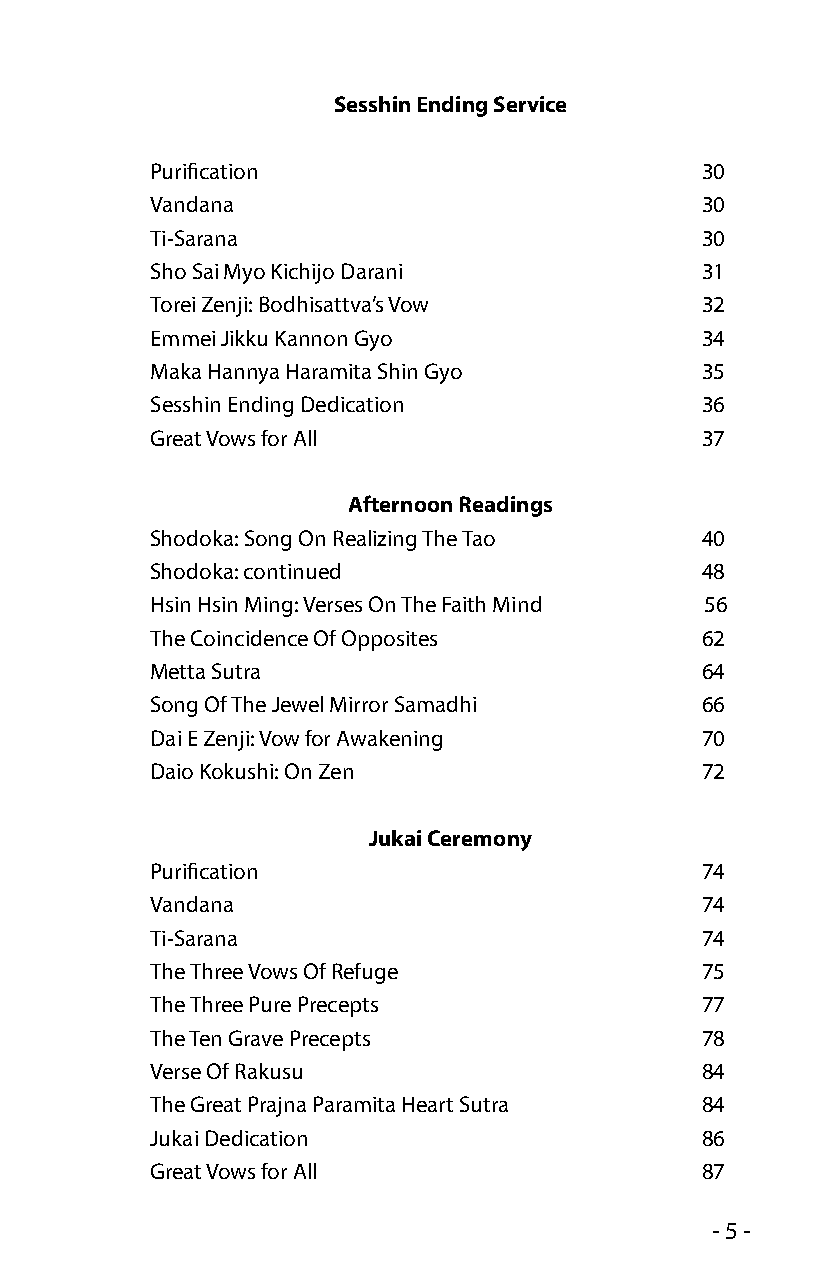
Sesshin Ending Service
 Purification                        30
 Vandana                             30
 Ti-Sarana                           30
 Sho Sai Myo Kichijo Darani          31
 Torei Zenji: Bodhisattva’s Vow      32
 Emmei Jikku Kannon Gyo              34
 Maka Hannya Haramita Shin Gyo       35
 Sesshin Ending Dedication           36
 Great Vows for All                  37
 Afternoon Readings
 Shodoka: Song On Realizing The Tao  40
 Shodoka: continued                  48
 Hsin Hsin Ming: Verses On The Faith Mind 56
 The Coincidence Of Opposites        62
 Metta Sutra                         64
 Song Of The Jewel Mirror Samadhi    66
 Dai E Zenji: Vow for Awakening      70
 Daio Kokushi: On Zen                72
 Jukai Ceremony
 Purification                        74
 Vandana                             74
 Ti-Sarana                           74
 The Three Vows Of Refuge            75
 The Three Pure Precepts             77
 The Ten Grave Precepts              78
 Verse Of Rakusu                     84
 The Great Prajna Paramita Heart Sutra 84
 Jukai Dedication                    86
 Great Vows for All                  87
 - 5 -